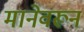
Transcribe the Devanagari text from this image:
मानेवरून